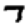
Digit: 7